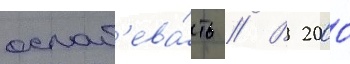
ослаб'ева́ть // В 2000